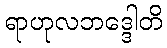
ရာဟုလဘဒ္ဒေါတိ